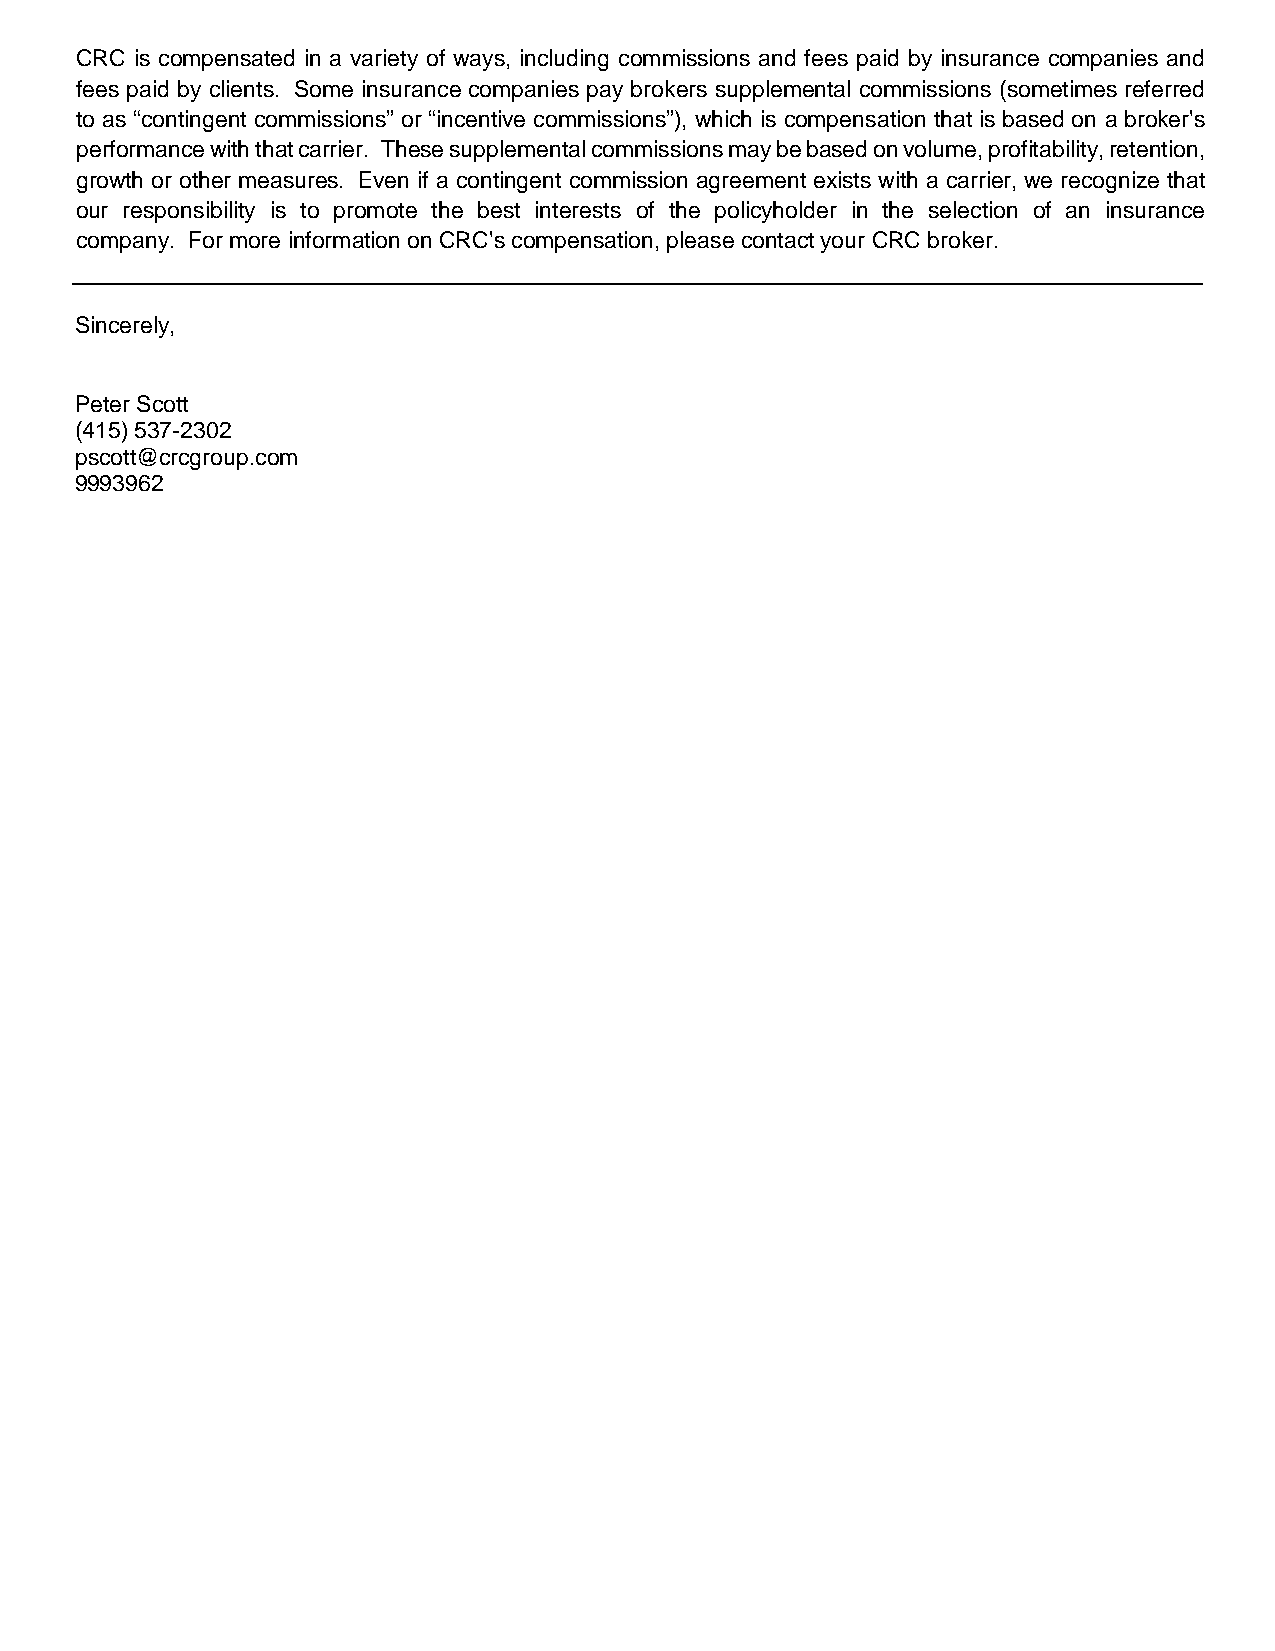
CRC is compensated in a variety of ways, including commissions and fees paid by insurance companies and
 fees paid by clients. Some insurance companies pay brokers supplemental commissions (sometimes referred
 to as “contingent commissions” or “incentive commissions”), which is compensation that is based on a broker's
 performance with that carrier. These supplemental commissions may be based on volume, profitability, retention,
 growth or other measures. Even if a contingent commission agreement exists with a carrier, we recognize that
 our responsibility is to promote the best interests of the policyholder in the selection of an insurance
 company. For more information on CRC's compensation, please contact your CRC broker.
 Sincerely,
 Peter Scott
 (415) 537-2302
 pscott@crcgroup.com
 9993962